Vaccination in the Punjab 1883-1896 - 1883-1896
Year: 1883
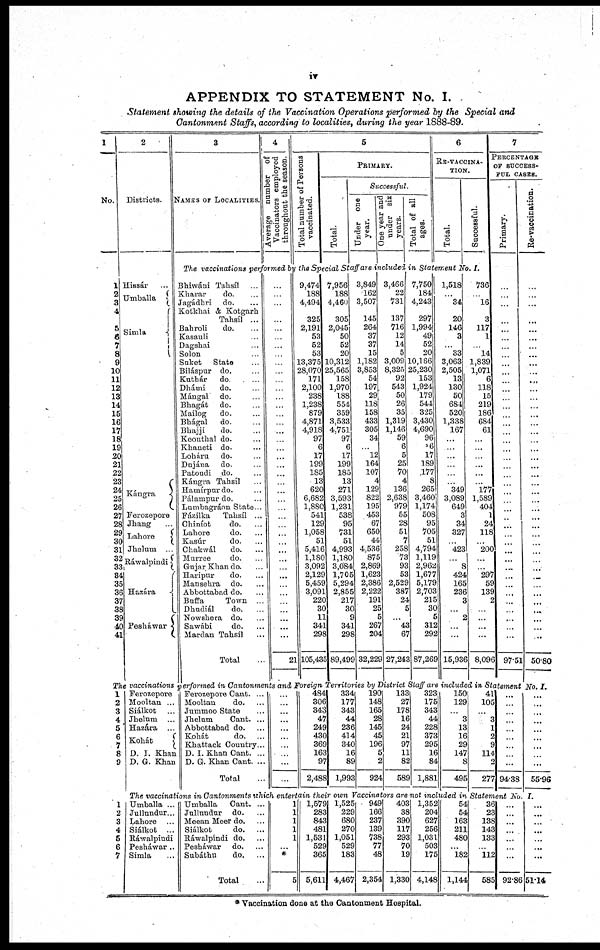
iv
APPENDIX TO STATEMENT No. I.
Statement showing the details of the Vaccination Operations performed by the Special and
Cantonment Staffs, according to localities, during the year 1888-89.
1
No.
2
Districts.
1
2
3
4
5
6
7
8
9
10
11
12
13
14
15
16
17
18
19
20
21
22
23
24
25
26
27
28
29
30
31
32
33
34
35
36
37
38
39
40
41
Hissár ...
Umballa
Simla
Kángra
Ferozepore
Jhang ...
Lahore
Jhelum
Ráwalpindi
Hazára
Pesháwar
3
NAMES OF LOCALITIES.
4
Average number of
Vaccinators employed
throughout the season.
5
Total number of Persons
vaccinated.
PRIMARY.
Total.
Successful.
Under one
year.
One year and
under six
years.
Total of all
ages.
6
RE-VACCINA¬
----.
Total.
Successful.
The vaccinations performed by the Special Staff are included in Statement No. I.
Bhiwáni Tahsíl ...
Kharar
do. ...
Jagádhri do. ...
Kotkhai & Kotgarh
Tahsíl ...
Bahroli
do. ...
Kasauli ...
Dagshai ...
Solon
...
Suket
State ...
Biláspur do. ...
Kuthár
do ...
Dhámi
do. ...
Mángal do. ...
Bhagát
do. ...
Mailog
do. ...
Bhágal
do. ...
Bhajji
do. ...
Keonthal do. ...
Khaneti do ...
Loháru
do. ...
Dujána
do.
...
Patoudi do. ...
Kángra Tahsíl ...
Hamírpur do. ...
Pálampur do. ...
Lumbagráon State ...
Fázilka
Tahsíl ...
Chiníot
do. ...
Lahore
do. ...
Kasúr
do. ...
Chakwál
do. ...
Murree
do. ...
Gujar Khan do. ...
Haripur
do. ...
Mansehra do. ...
Abbottabad do. ...
Buffa
Town ...
Dhudiál
do. ...
Nowshera do. ...
Sawábi
do. ...
Mardan Tahsíl ...
Total ...
...
...
...
...
...
...
...
...
...
...
...
...
...
...
...
...
...
...
...
...
...
...
...
...
...
...
...
...
...
...
...
...
...
...
...
...
...
...
...
...
...
21
9,474
188
4,494
325
2,191
53
52
53
13,375
28,070
171
2,100
238
1,238
879
4,871
4,918
97
6
17
199
185
13
620
6,682
1,880
541
129
1,058
51
5,416
1,180
3,092
2,129
5,459
3,091
220
30
11
341
298
105,435
7,956
188
4,460
305
2,045
50
52
20
10,312
25,565
158
1,970
188
554
359
3,533
4,751
97
6
17
199
185
13
271
3,593
1,231
538
95
731
51
4,993
1,180
3,084
1,705
5,294
2,855
217
30
9
341
298
89,499
3,849
162
3,507
145
264
37
37
15
1,182
3,853
54
197
29
118
158
433
305
34
...
12
164
107
4
129
822
195
453
67
650
44
4,536
875
2,869
1,623
2,386
2,222
191
25
5
267
204
32,229
3,466
22
731
137
716
12
14
5
3,009
8,325
92
543
50
26
35
1,319
1,146
59
6
5
25
70
4
136
2,638
979
55
28
51
7
258
73
93
53
2,529
387
24
5
...
43
67
27,243
7,750
184
4,243
297
1,994
49
52
20
10,166
25,230
153
1,924
179
544
325
3,430
4,690
96
86
17
189
177
8
265
3,460
1,174
508
95
705
51
4,794
1,119
2,962
1,677
5,179
2,703
215
30
5
312
292
87,269
1,518
...
34
20
146
3
...
33
3,063
2,505
13
130
50
684
520
1,338
167
...
...
...
...
...
...
349
3,089
649
3
34
327
...
423
...
8
424
165
236
3
...
2
...
...
15,936
736
...
16
3
117
1
...
14
1,839
1,071
6
118
15
219
186
684
61
...
...
...
...
...
...
177
1,589
404
1
24
118
...
200
...
...
297
59
139
2
...
...
...
...
8,096
7
PERCENTAGE
OF SUCCESS-
FUL CASES.
Primary.
...
...
...
...
...
...
...
...
...
...
...
...
...
...
...
...
...
...
...
...
...
...
...
...
...
...
...
...
...
...
...
...
...
...
...
...
...
...
...
...
...
97.51
Re-vaccination.
...
...
...
...
...
...
...
...
...
...
...
...
...
...
...
...
...
...
...
...
...
...
...
...
...
...
...
...
...
...
...
...
...
...
...
...
...
...
...
...
...
50.80
The vaccinations performed in Cantonments and Foreign Territories by District Staff are included in Statement No. I.
1
2
3
4
5
6
7
8
9
Ferozepore
Mooltan ...
Siálkot ...
Jhelum ...
Hazára ...
Kohát
D. I. Khan
D. G. Khan
Ferozepore Cant. ...
Mooltan
do. ...
Jummoo State ...
Jhelum
Cant. ...
Abbottabad do. ...
Kohát
do. ...
Khattack Country ...
D. I. Khan Cant. ...
D. G. Khan Cant. ...
Total ...
...
...
...
...
...
...
...
...
...
...
484
306
343
47
249
430
369
163
97
2,488
334
177
343
44
236
414
340
16
89
1,993
190
148
165
28
145
45
196
5
2
924
133
27
178
16
24
21
97
11
82
589
323
175
343
44
228
373
295
16
84
1,881
150
129
...
3
13
16
29
147
8
495
41
105
...
3
1
2
9
114
2
277
...
...
...
...
...
...
...
...
...
94.38
...
...
...
...
...
...
...
...
...
55.96
The vaccinations in Cantonments which entertain their own Vaccinators are not included in Statement No. I.
1
2
3
4
5
6
7
Umballa ...
Jullundur ...
Lahore ...
Siálkot ...
Ráwalpindi
Pesháwar ...
Simla ...
Umballa
Cant. ...
Jullundur do. ...
Meean Meer do. ...
Siálkot
do. ...
Ráwalpindi do. ...
Pesháwar do. ...
Subáthu
do. ...
Total ...
1
1
1
1
1
...
*
5
1,579
283
843
481
1,531
529
365
5,611
1,525
229
680
270
1,051
529
183
4,467
949
166
237
139
738
77
48
2,354
403
38
390
117
293
70
19
1,330
1,352
204
627
256
1,031
503
175
4,148
54
54
163
211
480
...
182
1,144
36
23
138
143
133
...
112
585
...
...
...
...
...
...
...
92.86
...
...
...
...
...
...
...
51.14
* Vaccination done at the Cantonment Hospital.